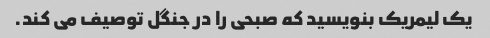
یک لیمریک بنویسید که صبحی را در جنگل توصیف می کند.